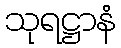
သုရဋ္ဌာနံ